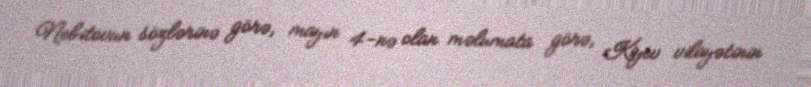
Nebitovun sözlərinə görə, mayın 4-nə olan məlumata görə, Kiyev vilayətinin